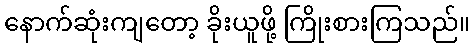
နောက်ဆုံးကျတော့ ခိုးယူဖို့ ကြိုးစားကြသည်။